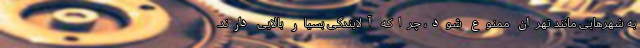
به شهرهایی مانند تهران ممنوع شود، چراکه آلایندگی بسیار بالایی دارند.